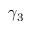
\gamma _ { 3 }